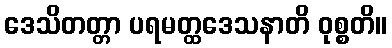
ဒေသိတတ္တာ ပရမတ္ထဒေသနာတိ ဝုစ္စတိ။